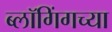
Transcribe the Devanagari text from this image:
ब्लॉगिंगच्या